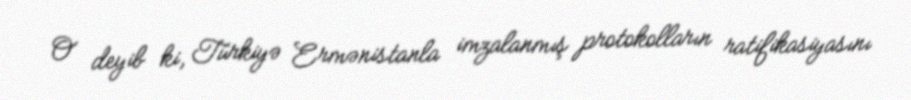
O deyib ki, Türkiyə Ermənistanla imzalanmış protokolların ratifikasiyasını